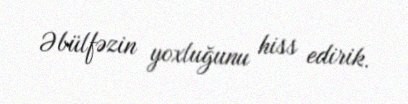
Əbülfəzin yoxluğunu hiss edirik.